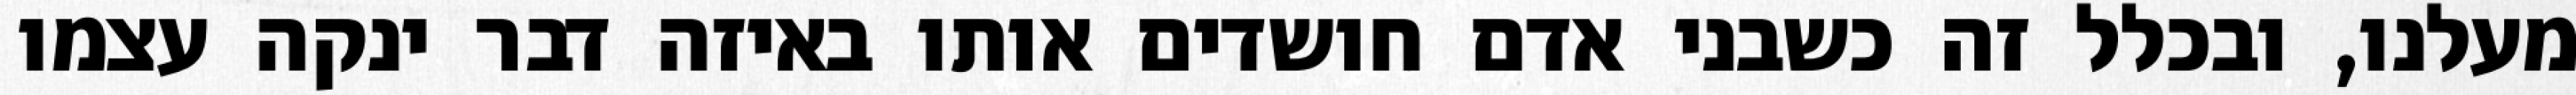
מעלנו, ובכלל זה כשבני אדם חושדים אותו באיזה דבר ינקה עצמו